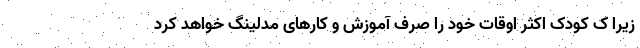
زیرا ک کودک اکثر اوقات خود را صرف آموزش و کارهای مدلینگ خواهد کرد